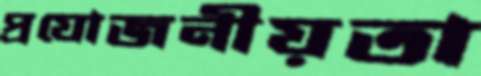
প্রযোজনীয়তা